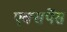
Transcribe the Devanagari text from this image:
एक्सपेंस